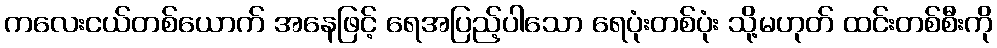
ကလေးငယ်တစ်ယောက် အနေဖြင့် ရေအပြည့်ပါသော ရေပုံးတစ်ပုံး သို့မဟုတ် ထင်းတစ်စီးကို